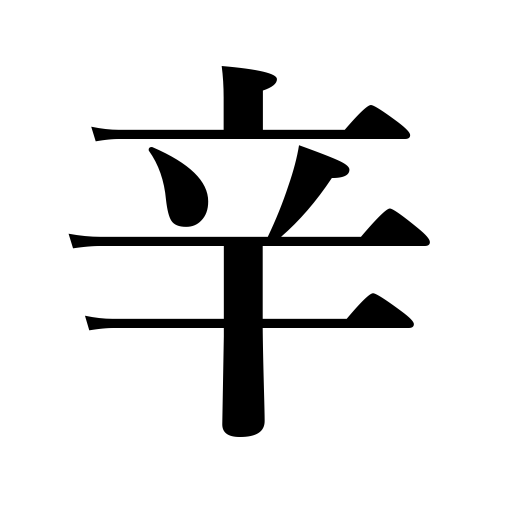
Meanings: trying,severe,H,sharp,eighth,harsh,bitter,hot,salty,acrid